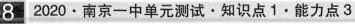
82020\cdot 南京一中单元测试\cdot 知识点1\cdot 能力点3